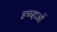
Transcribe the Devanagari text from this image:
इच्च्हाओं